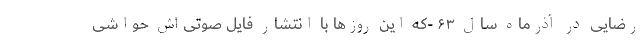
رضایی در آذرماه سال ۶۳ -که این روزها با انتشار فایل صوتی‌اش حواشی